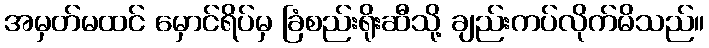
အမှတ်မထင် မှောင်ရိပ်မှ ခြံစည်းရိုးဆီသို့ ချည်းကပ်လိုက်မိသည်။